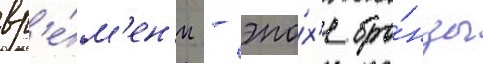
вр'е́м'ен'и - эпо́х'е бро́нзы